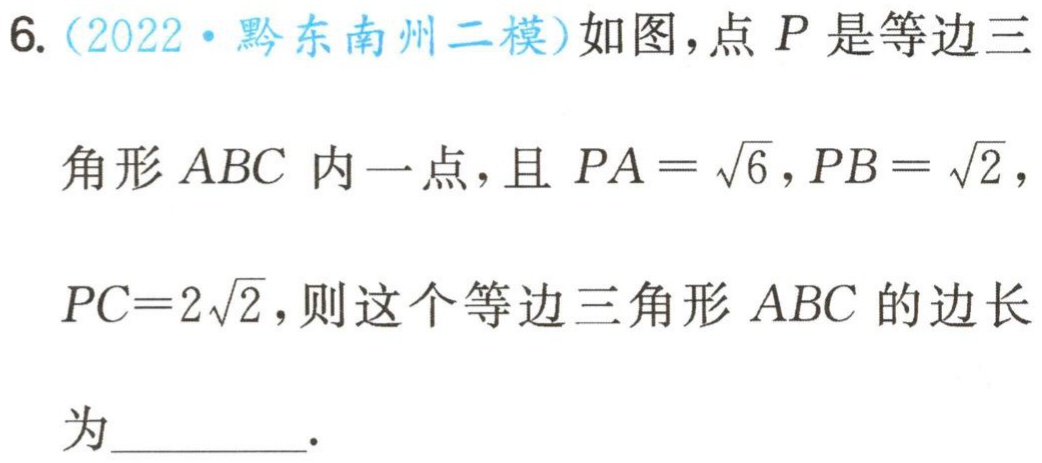
6.（2022·黔东南州二模）如图，点\(P\)是等边三角形\(ABC\)内一点，且\(PA = \sqrt{6}\)，\(PB = \sqrt{2}\)，\(PC = 2\sqrt{2}\)，则这个等边三角形\(ABC\)的边长为_________.